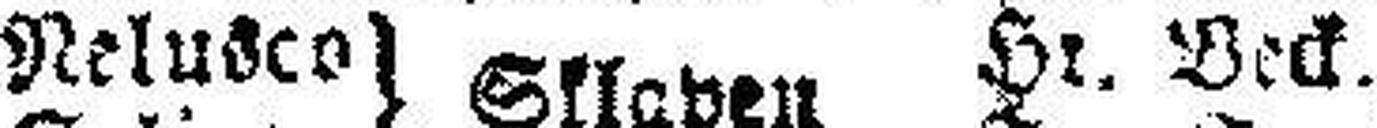
Nelusco